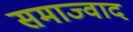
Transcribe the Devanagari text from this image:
समाज्वाद